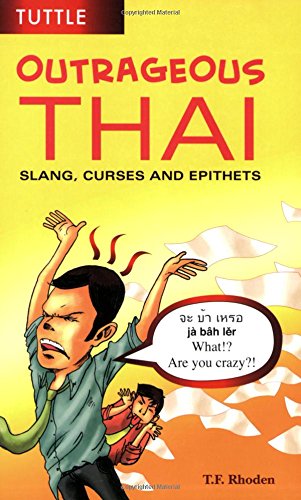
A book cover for Outrageous Thai: Slang, Curses and Epithets (Thai Phrasebook); T. F. Rhoden; Reference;